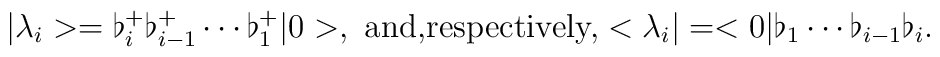
|\lambda _i>=\flat_i^+\flat_{i-1}^+\cdots \flat_1^+|0>, \mbox{ and,respectively,} <\lambda _i|=<0|\flat_1\cdots \flat_{i-1}\flat_{i}.